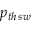
p _ { t h \thinspace s w }